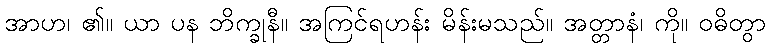
အာဟ၊ ၏။ ယာ ပန ဘိက္ခုနီ။ အကြင်ရဟန်း မိန်းမသည်။ အတ္တာနံ၊ ကို။ ဝဓိတွာ